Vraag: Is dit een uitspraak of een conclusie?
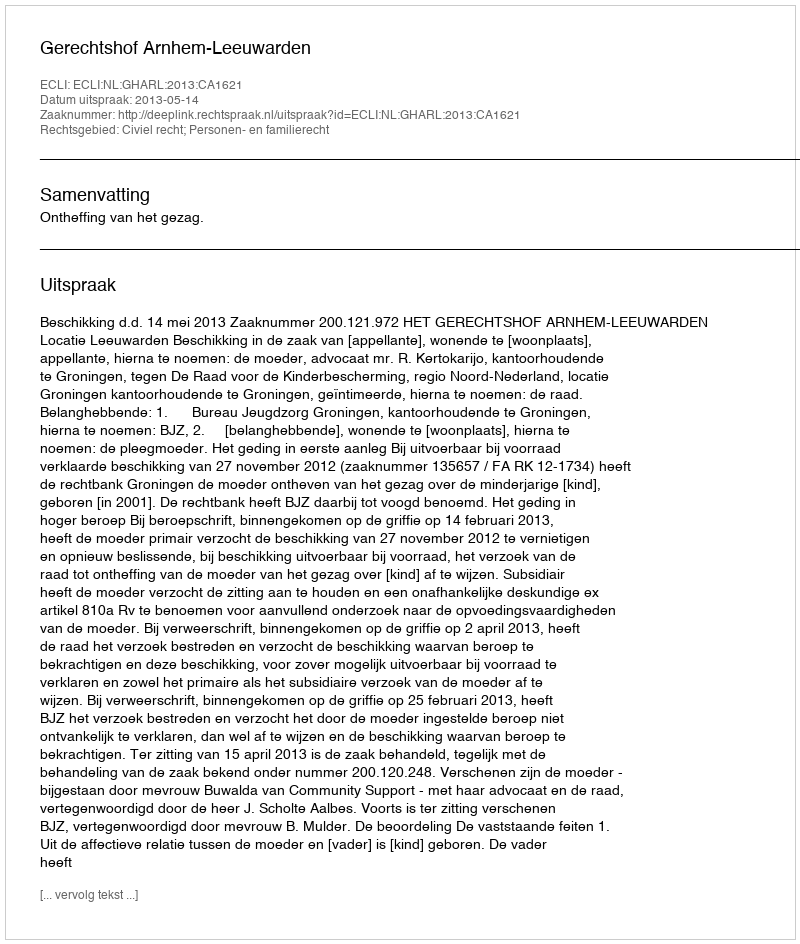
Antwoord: Uitspraak